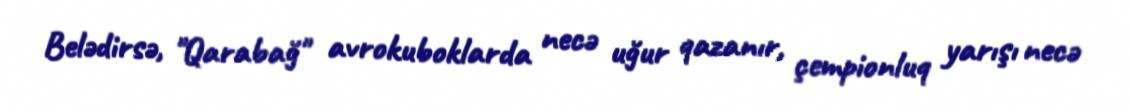
Belədirsə, "Qarabağ" avrokuboklarda necə uğur qazanır, çempionluq yarışı necə